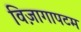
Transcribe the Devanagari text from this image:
विज़ागापटम